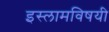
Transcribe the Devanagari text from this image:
इस्लामविषयी